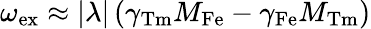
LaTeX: \omega_{\mathrm{ex}}\approx|{\lambda}|\left(\gamma_{\mathrm{Tm}}M_{\mathrm{Fe}}-\gamma_{\mathrm{Fe}}M_{\mathrm{Tm}}\right)